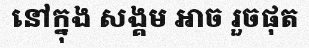
នៅក្នុង សង្គម អាច រួចផុត